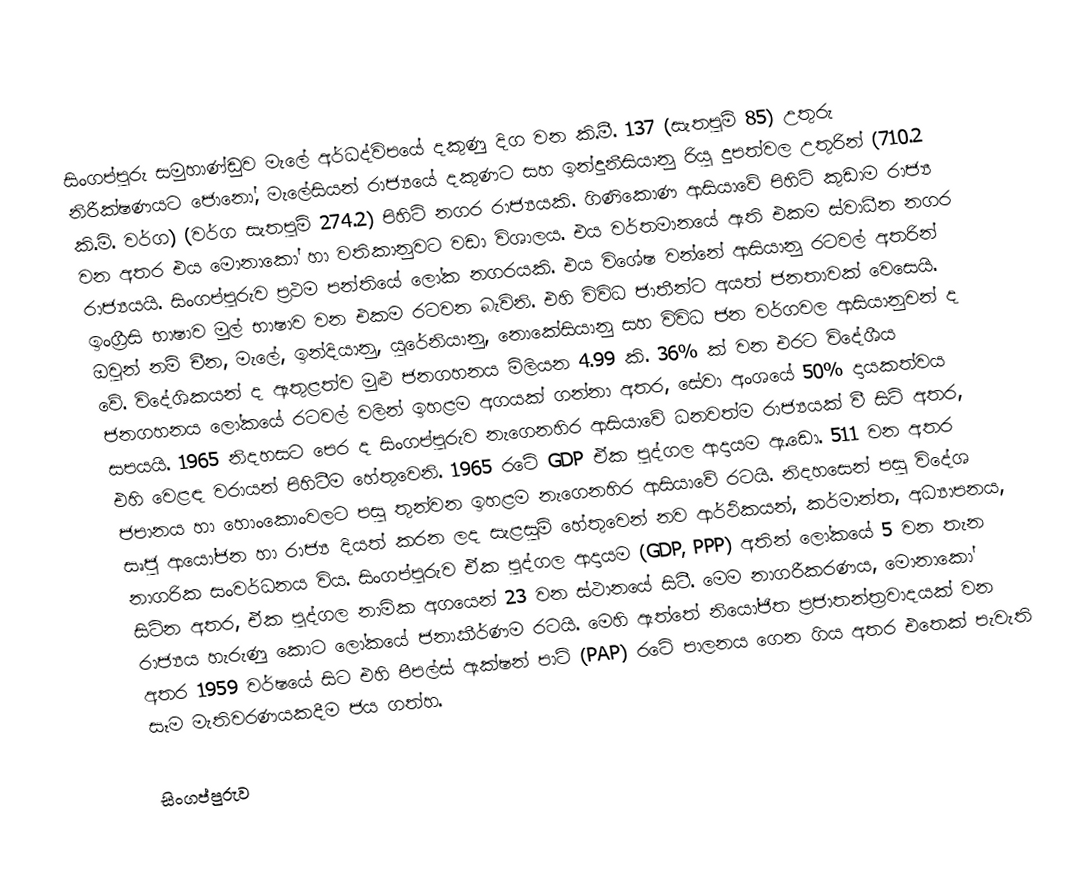
සිංගප්පුරු සමුහාණ්ඩුව මැලේ අර්ධද්විපයේ දකුණු දිග වන කි.මී. 137 (සැතපුම් 85) උතුරු  නිරීක්ෂණයට ජොනෝ, මැලේසියන් රාජ්‍යයේ දකුණට සහ ඉන්දුනීසියානු රියු දුපත්වල උතුරින් (710.2 කි.මි. වර්ග) (වර්ග සැතපුම් 274.2) පිහිටි නගර රාජ්‍යයකි. ගිණිකොණ ආසියාවේ පිහිටි කුඩාම රාජ්‍ය වන අතර එය මොනාකෝ හා වතිකානුවට වඩා විශාලය. එය වර්තමානයේ ඇති එකම ස්වාධීන නගර රාජ්‍යයයි. සිංගප්පුරුව ප්‍රථම පන්තියේ ලෝක නගරයකි. එය විශේෂ වන්නේ ආසියානු රටවල් අතරින් ඉංග්‍රීසි භාෂාව මුල් භාෂාව වන එකම රටවන බැවිනි. එහි විවිධ ජාතීන්ට අයත් ජනතාවක් වෙසෙයි. ඔවුන් නම් චීන, මැලේ, ඉන්දියානු, යුරේනියානු, නොකේසියානු සහ විවිධ ජන වර්ගවල ආසියානුවන් ද වේ. විදේශිකයන් ද ඇතුළත්ව මුළු ජනගහනය මිලියන 4.99 කි. 36% ක් වන එරට විදේශීය ජනගහනය ලෝකයේ රටවල් වලින් ඉහළම අගයක් ගන්නා අතර, සේවා අංශයේ 50% දායකත්වය සපයයි. 1965 නිදහසට පෙර ද සිංගප්පුරුව නැගෙනහිර ආසියාවේ ධනවත්ම රාජ්‍යයක් වී සිටි අතර, එහි වෙළඳ වරායන් පිහිටීම හේතුවෙනි. 1965 ‍රටේ GDP ඒක පුද්ගල ආදායම ඇ.ඩො. 511 වන අතර ජපානය හා හොංකොංවලට පසු තුන්වන ඉහළම නැගෙනහිර ආසියාවේ රටයි. නිදහසෙන් පසු විදේශ සෘජු ආයෝජන හා රාජ්‍ය දියත් කරන ලද සැළසුම් හේතුවෙන් නව ආර්ථිකයන්, කර්මාන්ත, අධ්‍යාපනය, නාගරික සංවර්ධනය විය. සිංගප්පුරුව ඒක පුද්ගල ආදායම (GDP, PPP) අතින් ලෝකයේ 5 වන තැන සිටින අතර, ඒක පුද්ගල නාමික අගයෙන් 23 වන ස්ථාන‍යේ සිටී. මෙම නාගරීකරණය, මොනාකෝ රාජ්‍යය හැරුණු කොට ලෝකයේ ජනාකීර්ණම රටයි. මෙහි ඇත්තේ නියෝජිත ප්‍රජාතන්ත්‍රවාදයක් වන අතර 1959 වර්ෂයේ සිට එහි පීපල්ස් ඇක්ෂන් පාට් (PAP) රටේ පාලනය ගෙන ගිය අතර එතෙක් පැවැති සෑම මැතිවරණයකදීම ජය ගත්හ.

සිංගප්පුරුව